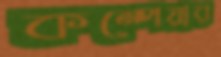
কম্পেয়ার